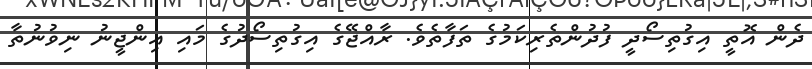
ދެން އޮތީ އިގުތިސޯދީ ފުދުންތެރިކަމުގެ ތަފާތެވެ. ރާއްޖޭގެ އިގުތިސޯދުގެ މައި އިންޖީނު ނިވުނުތާ